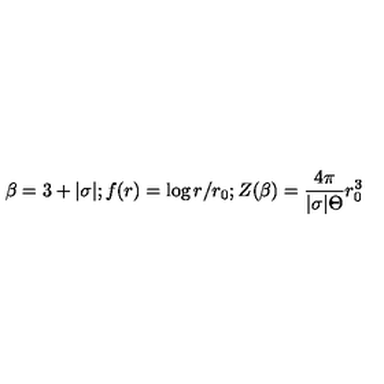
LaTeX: \beta = 3 + | \sigma | ; f ( r ) = \log r / r _ { 0 } ; Z ( \beta ) = \frac { 4 \pi } { | \sigma | { \Theta } } r _ { 0 } ^ { 3 }